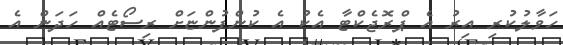
ހަވާލުކުރި އިރު އެ ޕްރޮޖެކްޓާ އެކު އެ ކުންފުންޏަށް ރިސޯޓެއް ހަދަން އެ